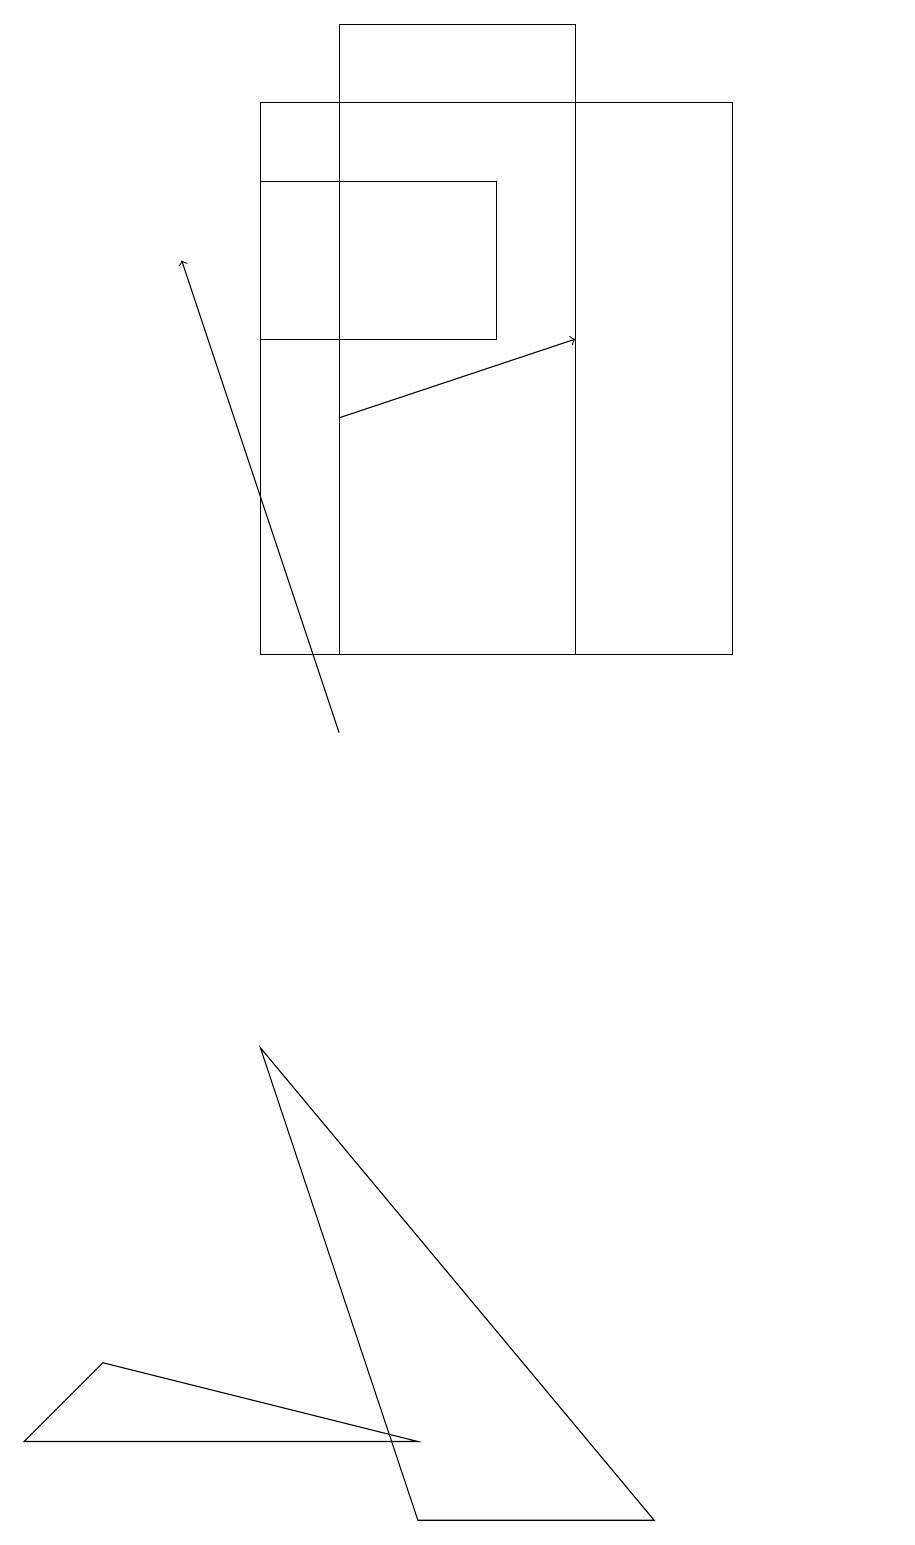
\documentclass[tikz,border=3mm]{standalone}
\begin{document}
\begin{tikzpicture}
\draw (3,18) rectangle (9,11);
\draw (11,11) circle (0);
\draw (7,11) rectangle (4,19);
\draw (5,0) -- (3,6) -- (8,0) -- cycle;
\draw[->] (4,10) -- (2,16);
\draw (1,2) -- (5,1) -- (0,1) -- cycle;
\draw (3,15) rectangle (6,17);
\draw[->] (4,14) -- (7,15);
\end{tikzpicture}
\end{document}